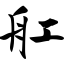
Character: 舡